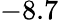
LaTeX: -8.7